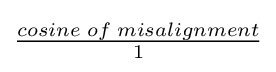
{\begin{matrix}{\frac {cosine\;of\;misalignment}{1}}\end{matrix}}